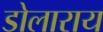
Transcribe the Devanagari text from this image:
डोलाराय